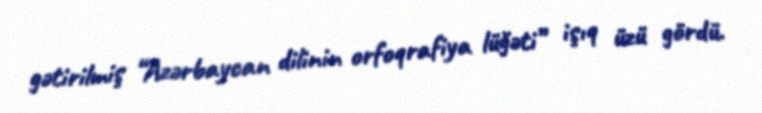
gətirilmiş “Azərbaycan dilinin orfoqrafiya lüğəti” işıq üzü gördü.